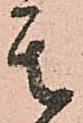
其